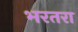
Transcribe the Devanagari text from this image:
भरतरा